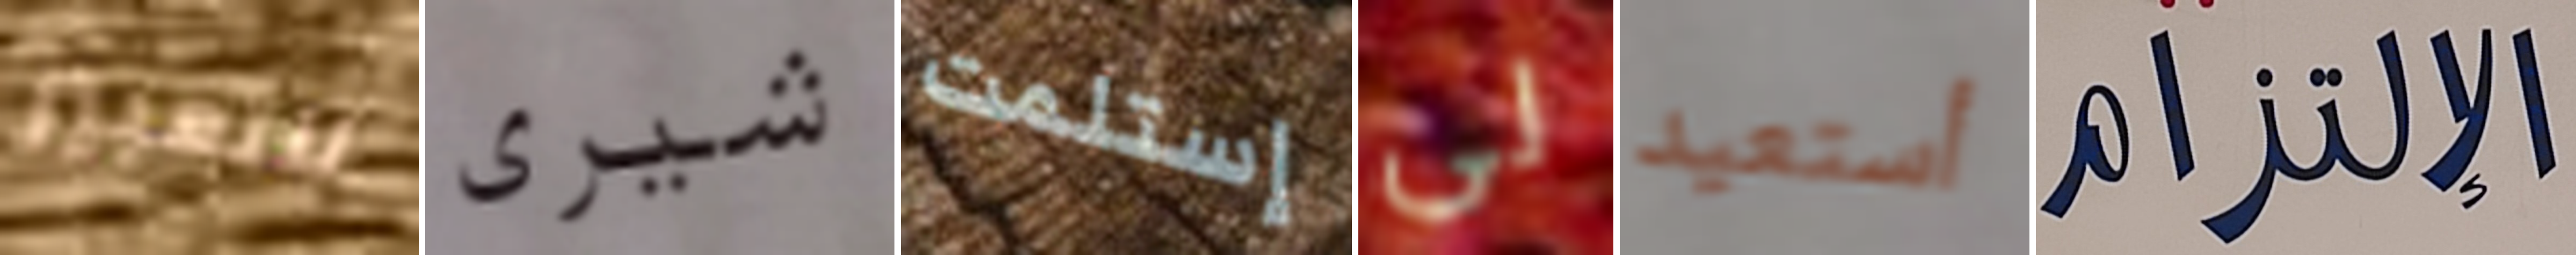
للتعبير شيرى إستلمت لي أستعيد الإلتزام